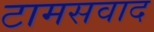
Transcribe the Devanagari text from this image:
टामसवाद